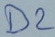
Text: D2